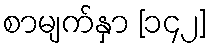
စာမျက်နှာ [၁၄၂]